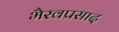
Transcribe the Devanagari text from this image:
भैरवप्रसाद